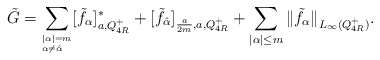
\begin{align*}{\tilde{G}=\sum_{^{|\alpha|=m}_{\alpha\neq\hat{\alpha}}}[\tilde{f}_\alpha]^{\ast}_{ a, Q_{4R}^+}+{[\tilde{f}_{\hat{\alpha}}]_{\frac{a}{2m},a,Q_{4R}^+}}+\sum_{|\alpha|\le m}\|\tilde{f}_\alpha\|_{L_\infty(Q_{4R}^+)}.}\end{align*}